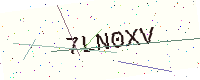
Text: 7LN0XV